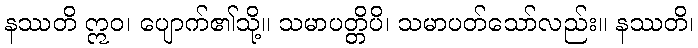
နဿတိ ဣဝ၊ ပျောက်၏သို့။ သမာပတ္တိပိ၊ သမာပတ်သော်လည်း။ နဿတိ၊